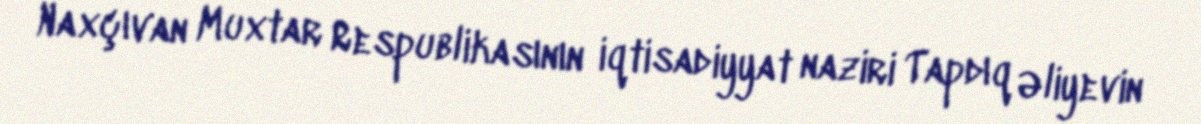
Naxçıvan Muxtar Respublikasının iqtisadiyyat naziri Tapdıq Əliyevin